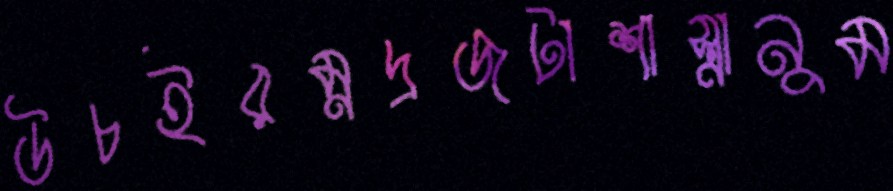
উচইরম্নদ্রজটাশাস্ত্রানুম